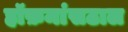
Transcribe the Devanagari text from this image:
हॉफ़मांसठाल